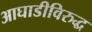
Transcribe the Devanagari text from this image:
आघाडीविरुद्ध